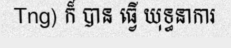
Tng) ក៏ បាន ធ្វើ យុទ្ធនាការ